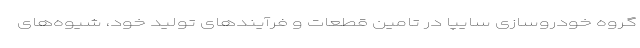
گروه خودروسازی سایپا در تامین قطعات و فرآیندهای تولید خود، شیوه‌های